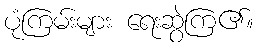
ပုံကြမ်းများ ရေးဆွဲကြ၏။